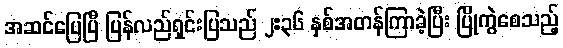
အဆင်ပြေပြီ ပြန်လည်ရှင်းပြသည် ၂:၃၆ နှစ်အတန်ကြာခဲ့ပြီး ပြိုကွဲစေသည့်